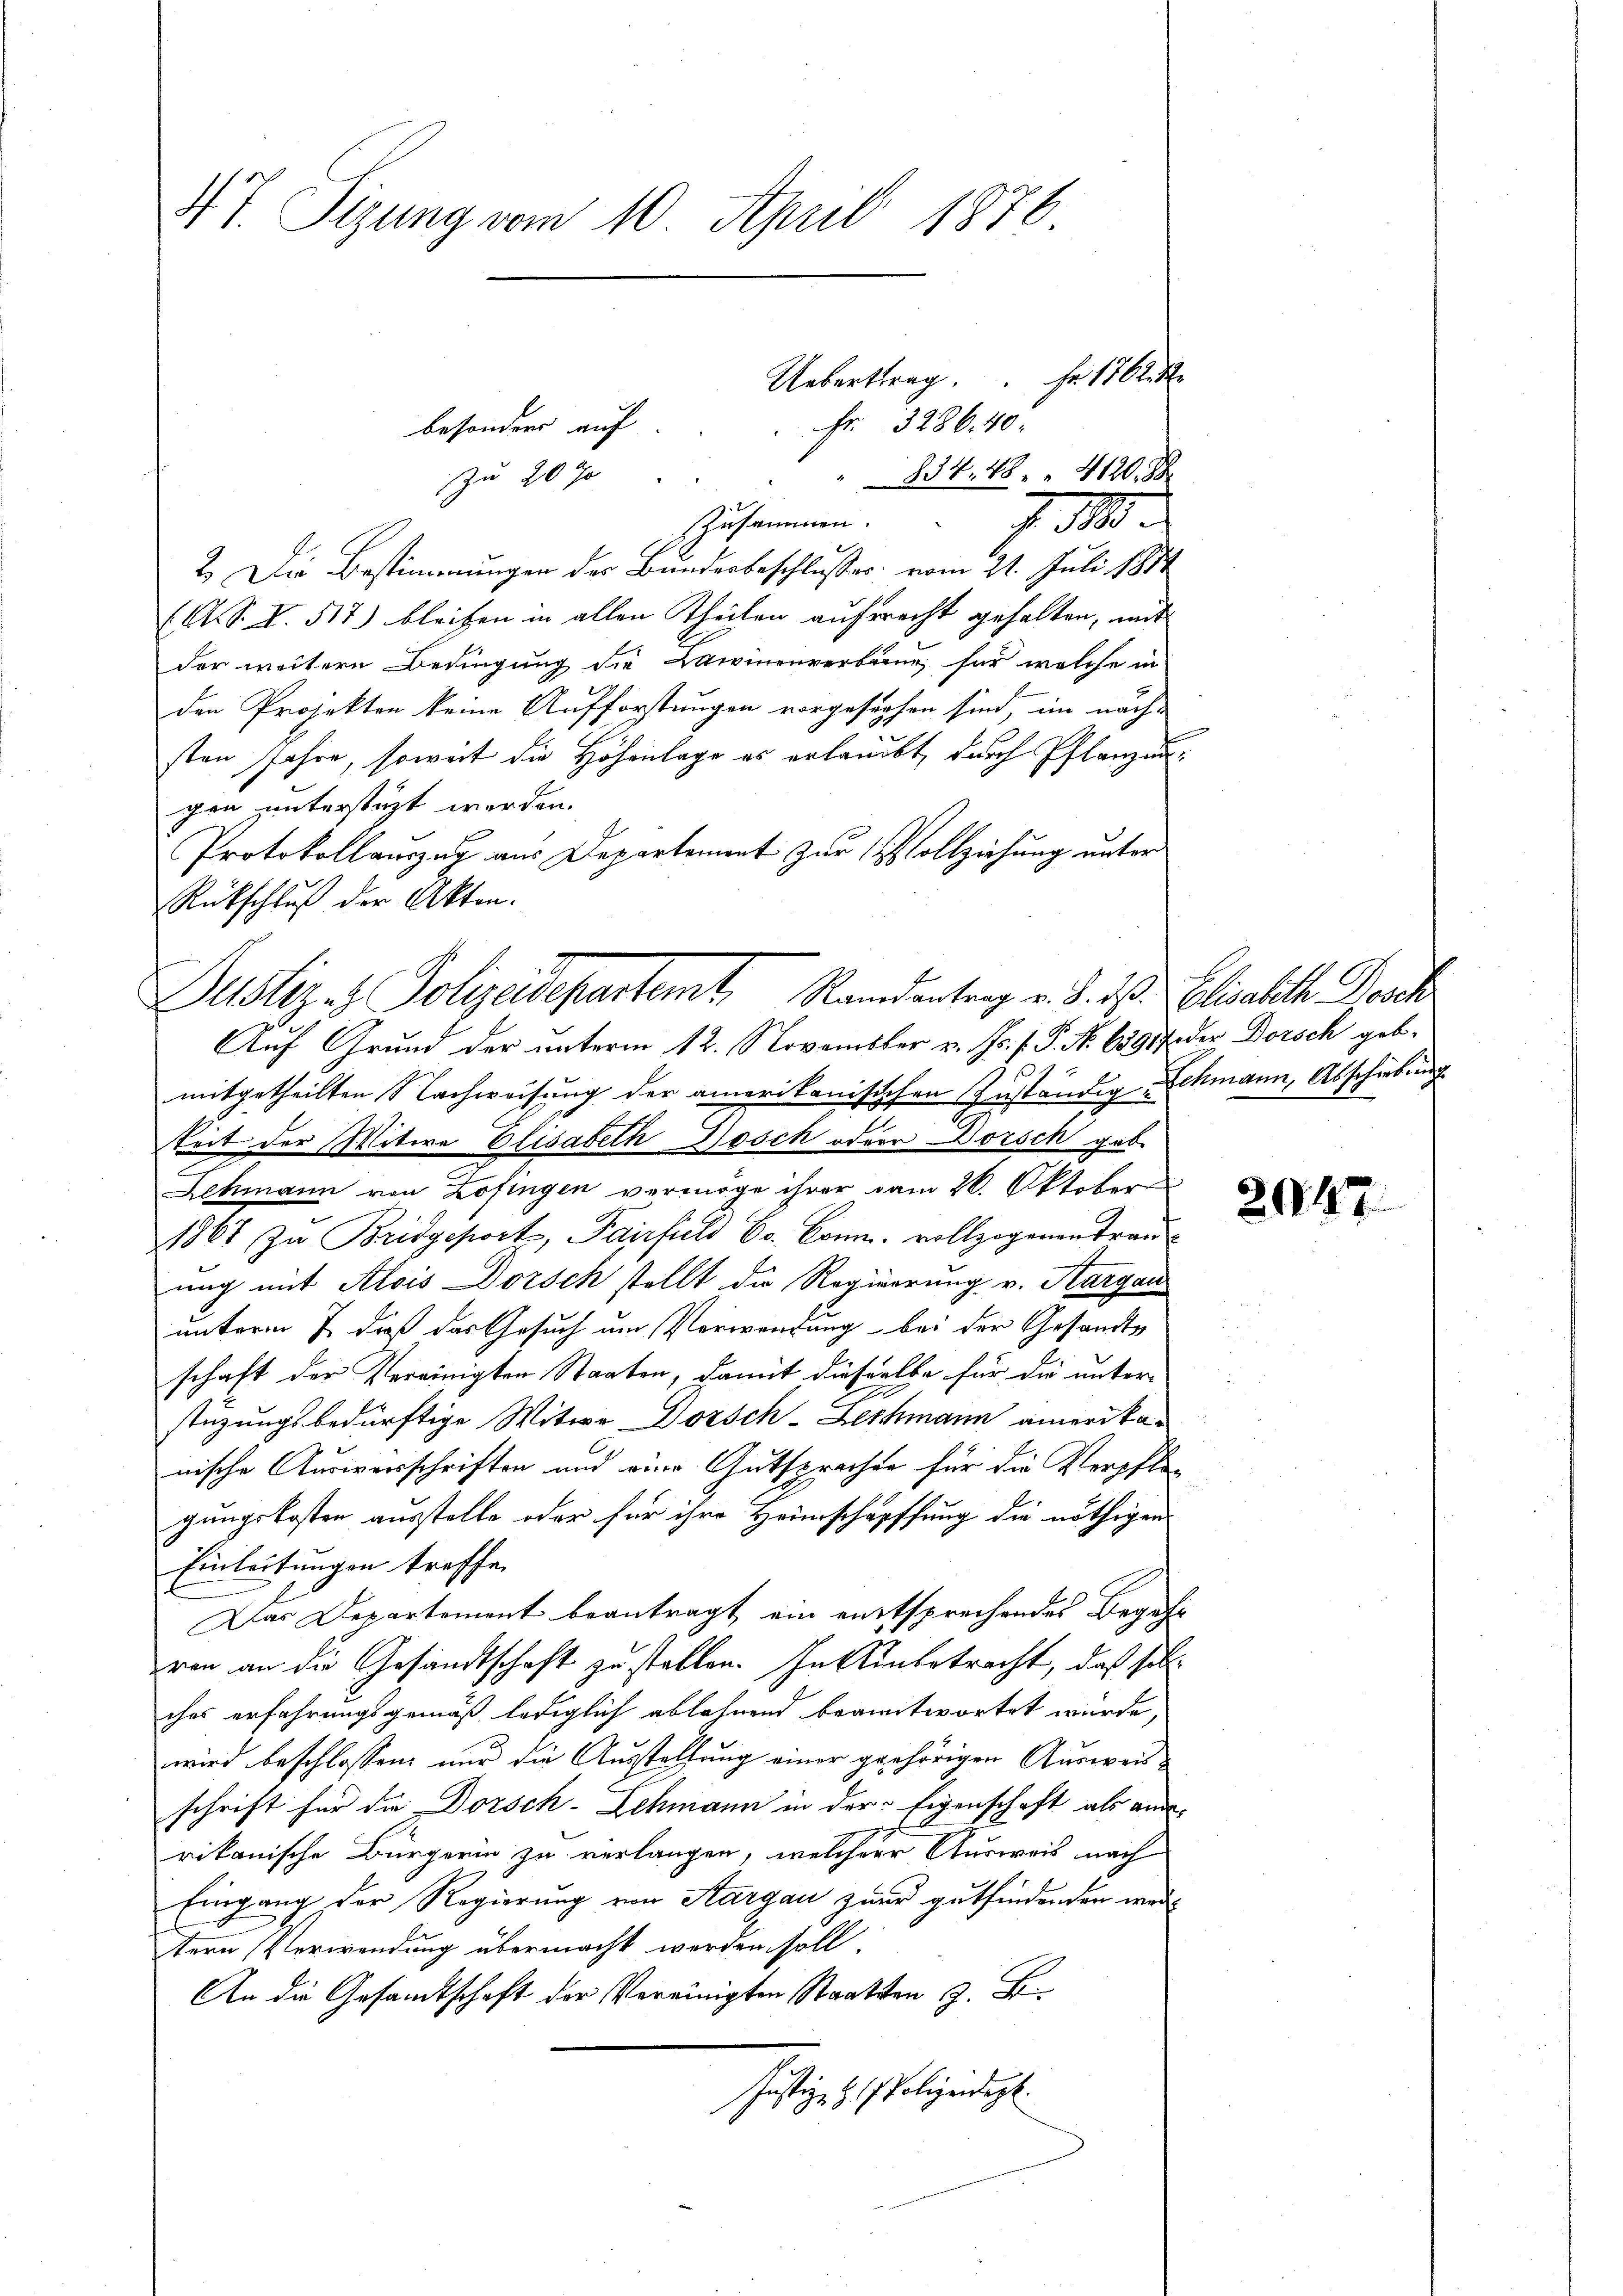
4t. Sizung vom 10. April 1876.

besonders auf
834. 48. 4120. S
zu 20 J
Zusammen. J. 188
2.) Die Bestimmungen des Bundesbeschlusses. vom 21. Juli 1884
A. S. I. 517) bleiben in allen Theilen aufsrecht gehalten, mit
der weitere Bedingung die Wienenverbring, für welche in
den Projekten keine Aufforstungen vorgesehen sind, im nach-
sten Jahre, soweit die Höhenlage es erlaubt, durch Pflanzengen unterstüzt werden.
Protokollauszug aus Departement zur Vollziehung unter
Rückschluß der Akten.
mitgetheilten Nachweisung der amerikanisischen Zuständig-Schmann, Abschiebung
Zeit der Witwe Elisabeth Dosch oder Dorsch gab
Lehmann von Zofingen vermöge ihrer vom 26. Oktober
1867 zu Bridgeport, Pairfeld Co. Conn, vollzogenantrauung mit Alois Dorsch stellt die Regierung v. Hargau
unterm 7. daß das Gesuch um Verwendung bei der Gesandts
schaft der Vereinigten Staaten, damit dieselbe für die unter-
stüzungsbedürftige Witwe Dorsch-Lechmann amerikanische Ausweisschriften und vier. Gutsprachen für die Verpflegungskosten ausstelle oder für ihre Heimschapffung die nöthigen
Einleitungen treffen
Das Departement beantragt, ein entsprechendes Begehr
ran an die Gesandtschaft zu stellen. In Anbetracht, daß sollches erfahrungsgemäß lediglich ablehnend beantwortet wurde,
wird beschlossen nur die Ausstellung einer gehörigen Ausweis
schrift für die Dorsch-Schmann in der Eigenschaft als aus-
rikanische Bürgerin zu verlangen, welchere Ausweis nach
Eingang der Regierung von Aargau zur gutfindenden werde
tern Verwendung übermacht werden soll.
An die Gesandtschaft der Vereinigten Staatsten z. B.
ästiges Polizeidigt.

Uebertrag. Fr. 116
Fr. 3286. 40.

Justiz- & Polizeidepartemt, Randantrag v. 3. ds. Elisabeth Dosch
Auf Grund der unterm 12. Novembler v. Js. f. P. Nr. 63917 der Borsch geb.

204